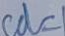
c d = 1